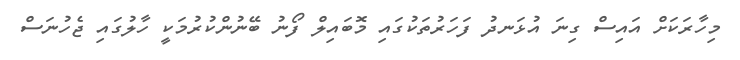
މިހާރަކަށް އައިސް ގިނަ އުޅަނދު ފަހަރުތަކުގައި މޮބައިލް ފޯނު ބޭނުންކުރުމަކީ ހާލުގައި ޖެހުނަސް